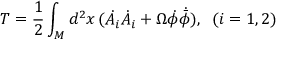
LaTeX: T = \frac { 1 } { 2 } \int _ { M } d ^ { 2 } x \, ( \dot { A } _ { i } \dot { A } _ { i } + \Omega \dot { \phi } \dot { { \bar { \phi } } } ) , \; \; ( i = 1 , 2 )